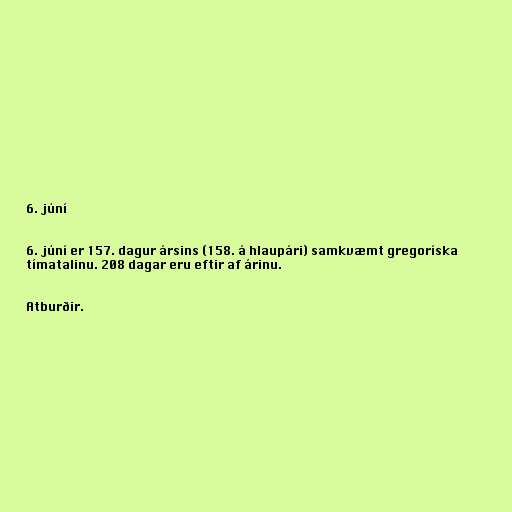
6. júní

6. júní er 157. dagur ársins (158. á hlaupári) samkvæmt gregoríska
tímatalinu. 208 dagar eru eftir af árinu.

Atburðir.